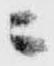
ニ